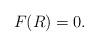
LaTeX: \begin{align*}F(R)=0.\end{align*}